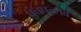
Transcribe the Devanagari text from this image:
पंचपल्लव